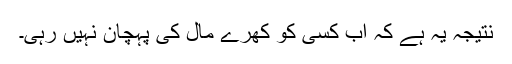
نتیجہ یہ ہے کہ اب کسی کو کھرے مال کی پہچان نہیں رہی۔